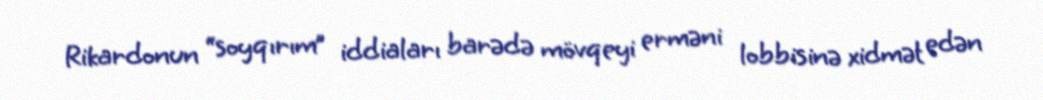
Rikardonun “soyqırım” iddiaları barədə mövqeyi erməni lobbisinə xidmət edən